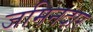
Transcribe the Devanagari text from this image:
जमिनदार